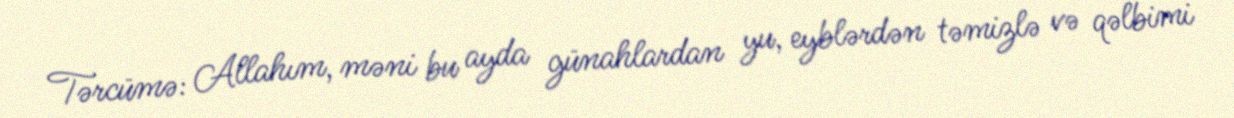
Tərcümə: Allahım, məni bu ayda günahlardan yu, eyblərdən təmizlə və qəlbimi